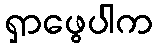
ရှာဖွေပါက